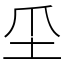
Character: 坕